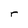
Character: r